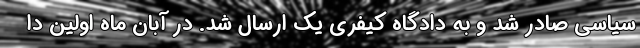
سیاسی صادر شد و به دادگاه کیفری یک ارسال شد. در آبان ماه اولین دا